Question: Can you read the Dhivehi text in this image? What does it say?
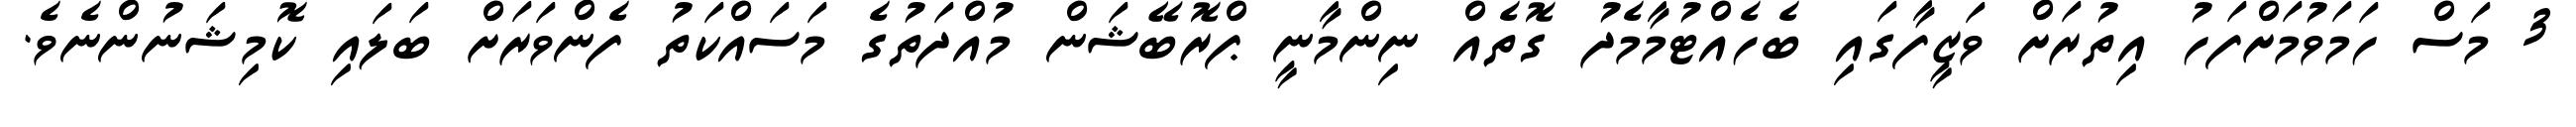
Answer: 3 މަސް ހަމަވުމަށްފަހު އިތުރަށް ވަޒީފާގައި ބެހެއްޓުމާމެދު ގޮތެއް ނިންމާނީ ޕްރޮބޭޝަން މުއްދަތުގެ މަސައްކަތު ފެންވަރަށް ބަލައި ކޮމިޝަނުންނެވެ.